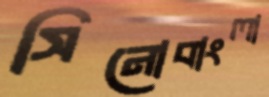
সিনোবাংলা